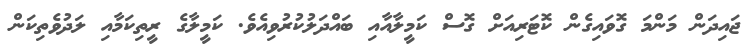
ޖައިދަން މަންމަ ގޮވައިގެން ކޮޓަރިއަށް ގޮސް ކަމީލާއާއި ބައްދަލުކުރުވިއެވެ. ކަމީލާގެ ރީތިކަމާއި ލަދުވެތިކަން